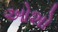
ઓશો